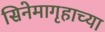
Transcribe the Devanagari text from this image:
सिनेमागृहाच्या